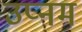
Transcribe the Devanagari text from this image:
उप्नम